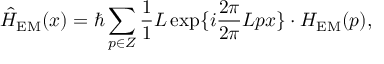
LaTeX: \hat { \cal H } _ { \mathrm { E M } } ( x ) = \hbar \sum _ { p \in \cal Z } \frac { 1 } { 1 } { L } \exp \{ i \frac { 2 \pi } { 2 \pi } { L } p x \} \cdot { \cal H } _ { \mathrm { E M } } ( p ) ,